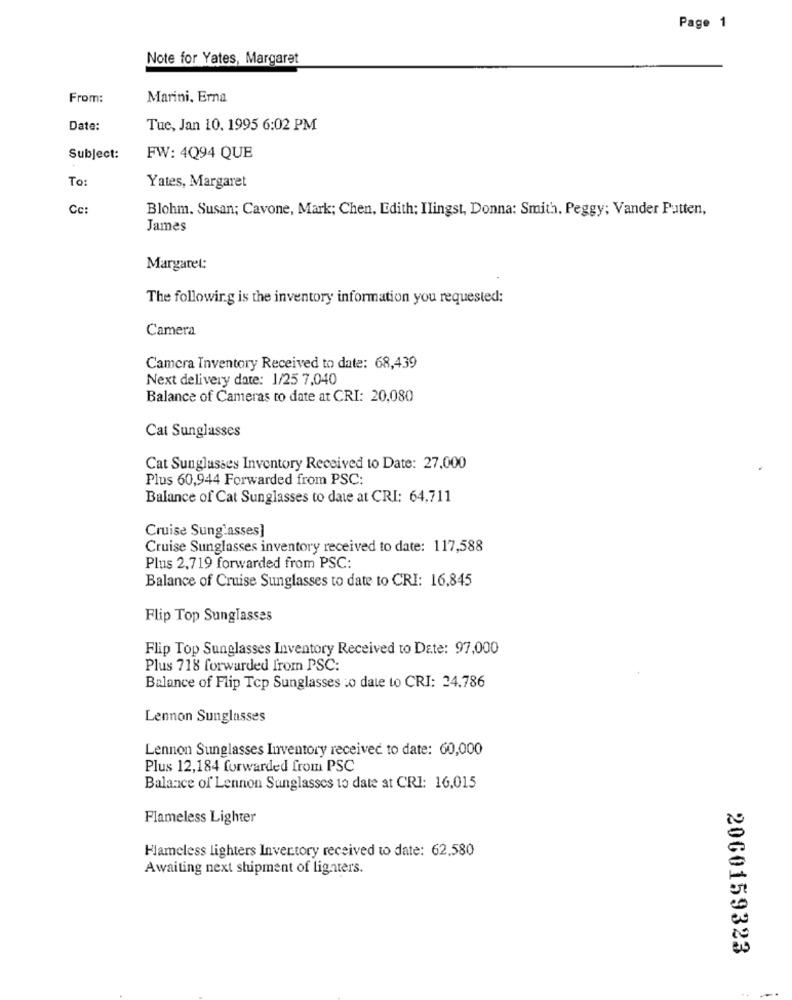
Page 1
Note for Yates, Margaret
From:
Marini, Erna
Date:
Tue, Jan 10. 1995 6:02 PM
Subject:
FW: 4Q94 QUE
To:
Yates, Margaret
Cc:
Blohm. Susan; Cavone, Mark; Chen, Edith; Ilingst, Donna: Smith, Peggy; Vander Putten,
James
Margaret:
The following is the inventory information you requested:
Camera
Camera Inventory Received to date: 68,439
Next delivery date: 1/25 7.040
Balance of Cameras to date at CRI: 20,080
Cat Sunglasses
Cat Sunglasses Inventory Received to Date: 27,000
Plus 60,944 Forwarded from PSC:
Balance of Cat Sunglasses to date at CRI: 64,711
Cruise Sunglasses]
Cruise Sunglasses inventory received to date: 117,588
Plus 2,719 forwarded from PSC:
Balance of Cruise Sunglasses to date to CRI: 16,845
Flip Top Sunglasses
Flip Top Sunglasses Inventory Received to Date: 97,000
Plus 718 forwarded from PSC:
Balance of Flip Tcp Sunglasses :o date to CRI: 24.786
Lennon Sunglasses
Lennon Sunglasses Inventory received to date: 60,000
Plus 12,184 forwarded from PSC
Balance of Lennon Sunglasses to date at CRI: 16,015
Flameless Lighter
Hameless lighters Inventory received to date: 62,580
Awaiting next shipment of lighters.
2060159323